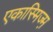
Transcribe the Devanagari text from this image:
एकास्मिज्म़